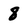
Character: 8